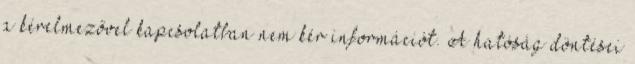
a kérelmezővel kapcsolatban nem kér információt. A hatóság döntései